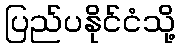
ပြည်ပနိုင်ငံသို့